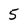
Character: 5